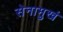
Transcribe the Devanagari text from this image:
सेनामुखं